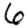
Digit: 6